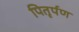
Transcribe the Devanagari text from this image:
पितृर्पण